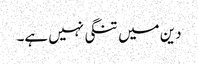
دین میں تنگی نہیں ہے۔